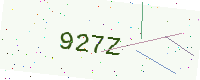
Text: 927Z